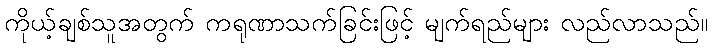
ကိုယ့်ချစ်သူအတွက် ကရုဏာသက်ခြင်းဖြင့် မျက်ရည်များ လည်လာသည်။